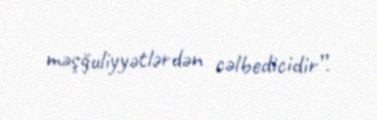
məşğuliyyətlərdən cəlbedicidir”.